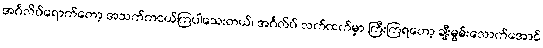
အင်္ဂလိပ်ရောက်တော့ အသက်ကငယ်ကြပါသေးတယ်၊ အင်္ဂလိပ် လက်ထက်မှာ ကြီးကြရတော့ ချီးမွမ်းလောက်အောင်